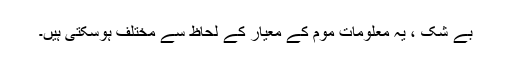
بے شک ، یہ معلومات موم کے معیار کے لحاظ سے مختلف ہوسکتی ہیں۔